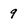
Character: 9